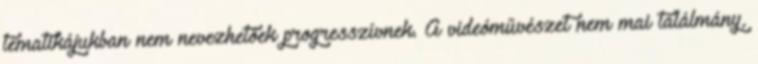
tematikájukban nem nevezhetőek progresszívnek. A videóművészet nem mai találmány,